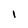
Character: 1